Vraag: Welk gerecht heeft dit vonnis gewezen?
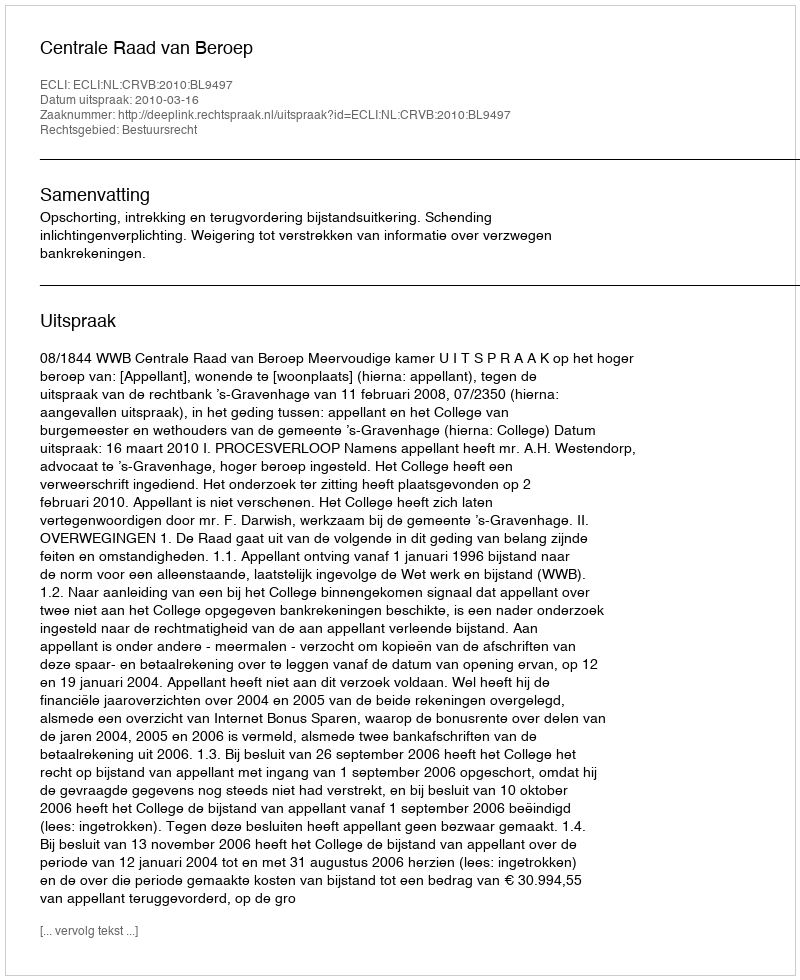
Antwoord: Centrale Raad van Beroep